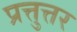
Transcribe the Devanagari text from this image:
प्रत्तुत्तर